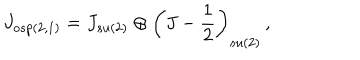
LaTeX: J _ { o s p ( 2 , 1 ) } = J _ { s u ( 2 ) } \oplus \left( J - \frac { 1 } { 2 } \right) _ { s u ( 2 ) } \, ,